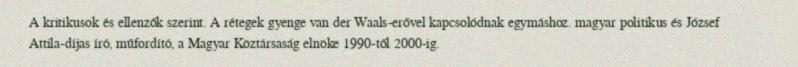
A kritikusok és ellenzők szerint. A rétegek gyenge van der Waals-erővel kapcsolódnak egymáshoz. magyar politikus és József Attila-díjas író, műfordító, a Magyar Köztársaság elnöke 1990-től 2000-ig.